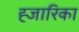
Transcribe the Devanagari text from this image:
ह्जारिका